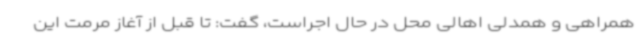
همراهی و همدلی اهالی محل در حال اجراست، گفت: تا قبل از آغاز مرمت این